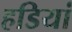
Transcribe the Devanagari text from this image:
हडियां